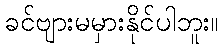
ခင်ဗျားမမှားနိုင်ပါဘူး။